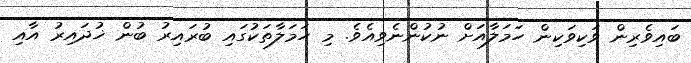
ބައިވެރިން ވަކިވަކިން ހަމަލާއަށް ނުކުންނެވިއެވެ. މި ހަމަލާތަކުގައި ބުރައިރު ބުން ޚުދައިރު އާއި